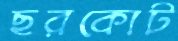
ছরকোট